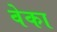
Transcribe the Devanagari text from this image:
वेका